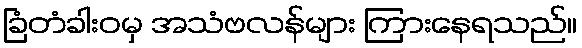
ခြံတံခါးဝမှ အသံဗလန်များ ကြားနေရသည်။